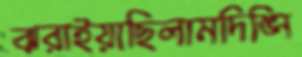
ঝরাইয়াছিলামদিঙ্‌নি